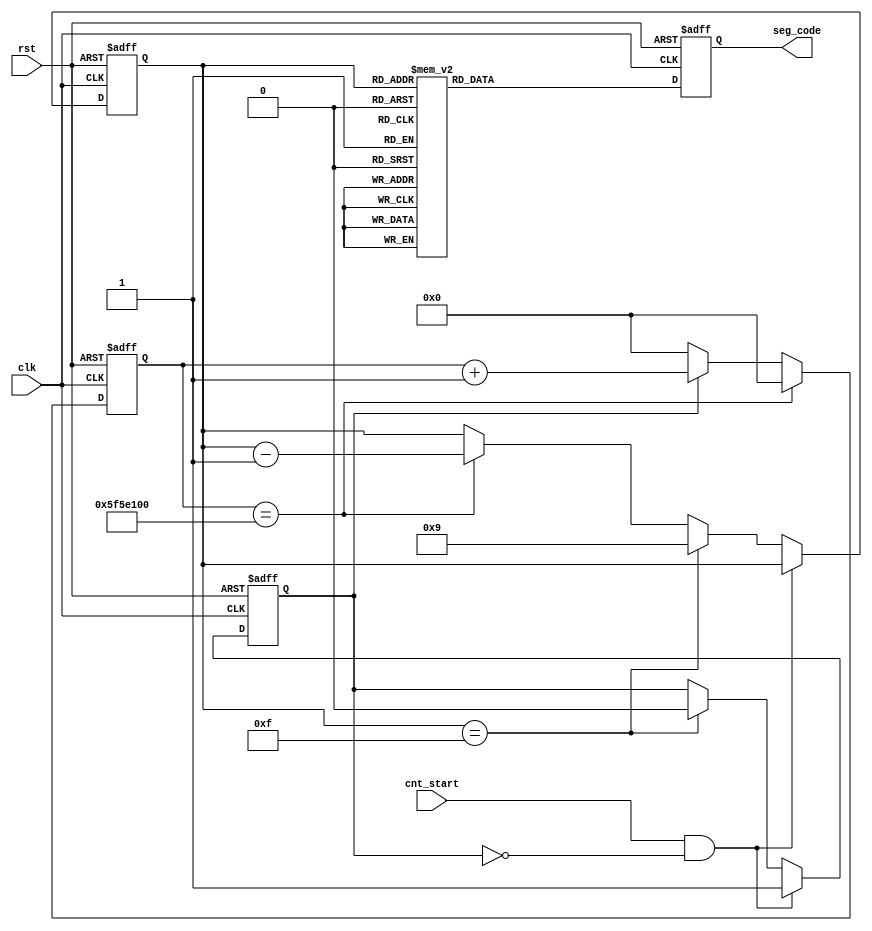
`timescale 1ns / 1ps
//////////////////////////////////////////////////////////////////////////////////
// Company: 
// Engineer: 
// 
// Design Name: 
// Module Name: count_down
// Project Name: 
// Target Devices: 
// Tool Versions: 
// Description: 
// 
// Dependencies: 
// 
// Revision:
// Revision 0.01 - File Created
// Additional Comments:
// 
//////////////////////////////////////////////////////////////////////////////////


module count_down (
    input clk,
    input rst,
    input cnt_start,
    output reg [7:0] seg_code
);
  parameter T1s = 27'd100000000;
  reg [26:0] cnt;
  reg cnt_sig;
  always @(posedge clk or posedge rst) begin
    if (rst) begin
      cnt <= 27'd0;
    end else if (cnt == T1s) begin
      cnt <= 27'd0;
    end else if (cnt_sig) begin
      cnt <= cnt + 1'b1;
    end else cnt <= 27'd0;
  end
  reg [3:0] cnt_down;
  always @(posedge clk or posedge rst) begin
    if (rst) begin
      cnt_down <= 4'd9;
      cnt_sig  <= 1'b0;
    end else if (cnt_start && !cnt_sig) begin
      cnt_sig <= 1'b1;
    end else if (cnt_down == 4'hf) begin
      cnt_down <= 4'd9;
      cnt_sig  <= 1'b0;
    end else if (cnt == T1s) begin
      cnt_down <= cnt_down - 1'b1;
    end
  end
  parameter _0 = 8'hc0,_1 = 8'hf9,_2 = 8'ha4,_3 = 8'hb0,
            _4 = 8'h99,_5 = 8'h92,_6 = 8'h82,_7 = 8'hf8,
            _8 = 8'h80,_9 = 8'h90;
  always @(posedge clk or posedge rst) begin
    if (rst) begin
      seg_code <= 8'hff;
    end else
      case (cnt_down)
        4'd0: seg_code <= ~_0;
        4'd1: seg_code <= ~_1;
        4'd2: seg_code <= ~_2;
        4'd3: seg_code <= ~_3;
        4'd4: seg_code <= ~_4;
        4'd5: seg_code <= ~_5;
        4'd6: seg_code <= ~_6;
        4'd7: seg_code <= ~_7;
        4'd8: seg_code <= ~_8;
        4'd9: seg_code <= ~_9;
        default: seg_code <= 8'hff;
      endcase 
  end

endmodule